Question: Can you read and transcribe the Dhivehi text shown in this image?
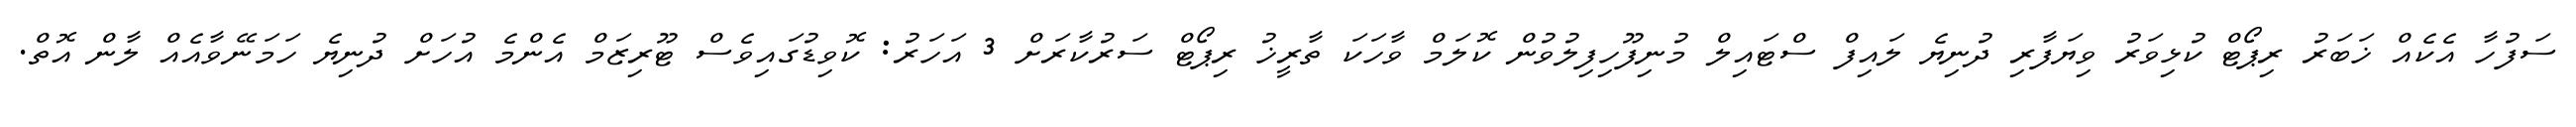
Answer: ސަފުހާ އެކެއް ޚަބަރު ރިޕޯޓް ކުޅިވަރު ވިޔަފާރި ދުނިޔެ ލައިފް ސްޓައިލް މުނިފޫހިފިލުވުން ކޮލަމް ވާހަކަ ތާރީޚު ރިޕޯޓް ސަރުކާރަށް 3 އަހަރު: ކޮވިޑުގައިވެސް ޓޫރިޒަމް އެންމެ އުހަށް ދުނިޔެ ހަމަނޭވާއެއް ލާން އޮތް.